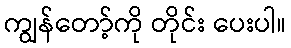
ကျွန်တော့်ကို တိုင်း ပေးပါ။